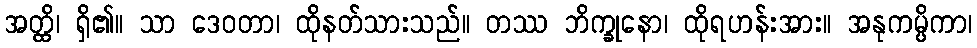
အတ္ထိ၊ ရှိ၏။ သာ ဒေဝတာ၊ ထိုနတ်သားသည်။ တဿ ဘိက္ခုနော၊ ထိုရဟန်းအား။ အနုကမ္ပိကာ၊